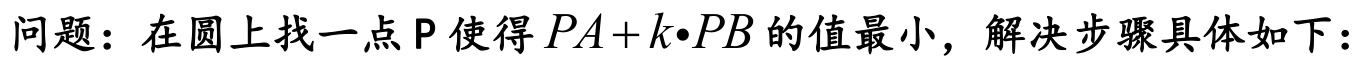
问题：在圆上找一点\(P\)使得\(PA + k\cdot PB\)的值最小，解决步骤具体如下：